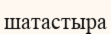
шатастыра